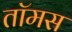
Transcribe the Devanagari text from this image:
तॉमस